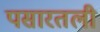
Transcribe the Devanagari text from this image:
पसारतली